Leningradi_Edasi_toimetus, lk 29
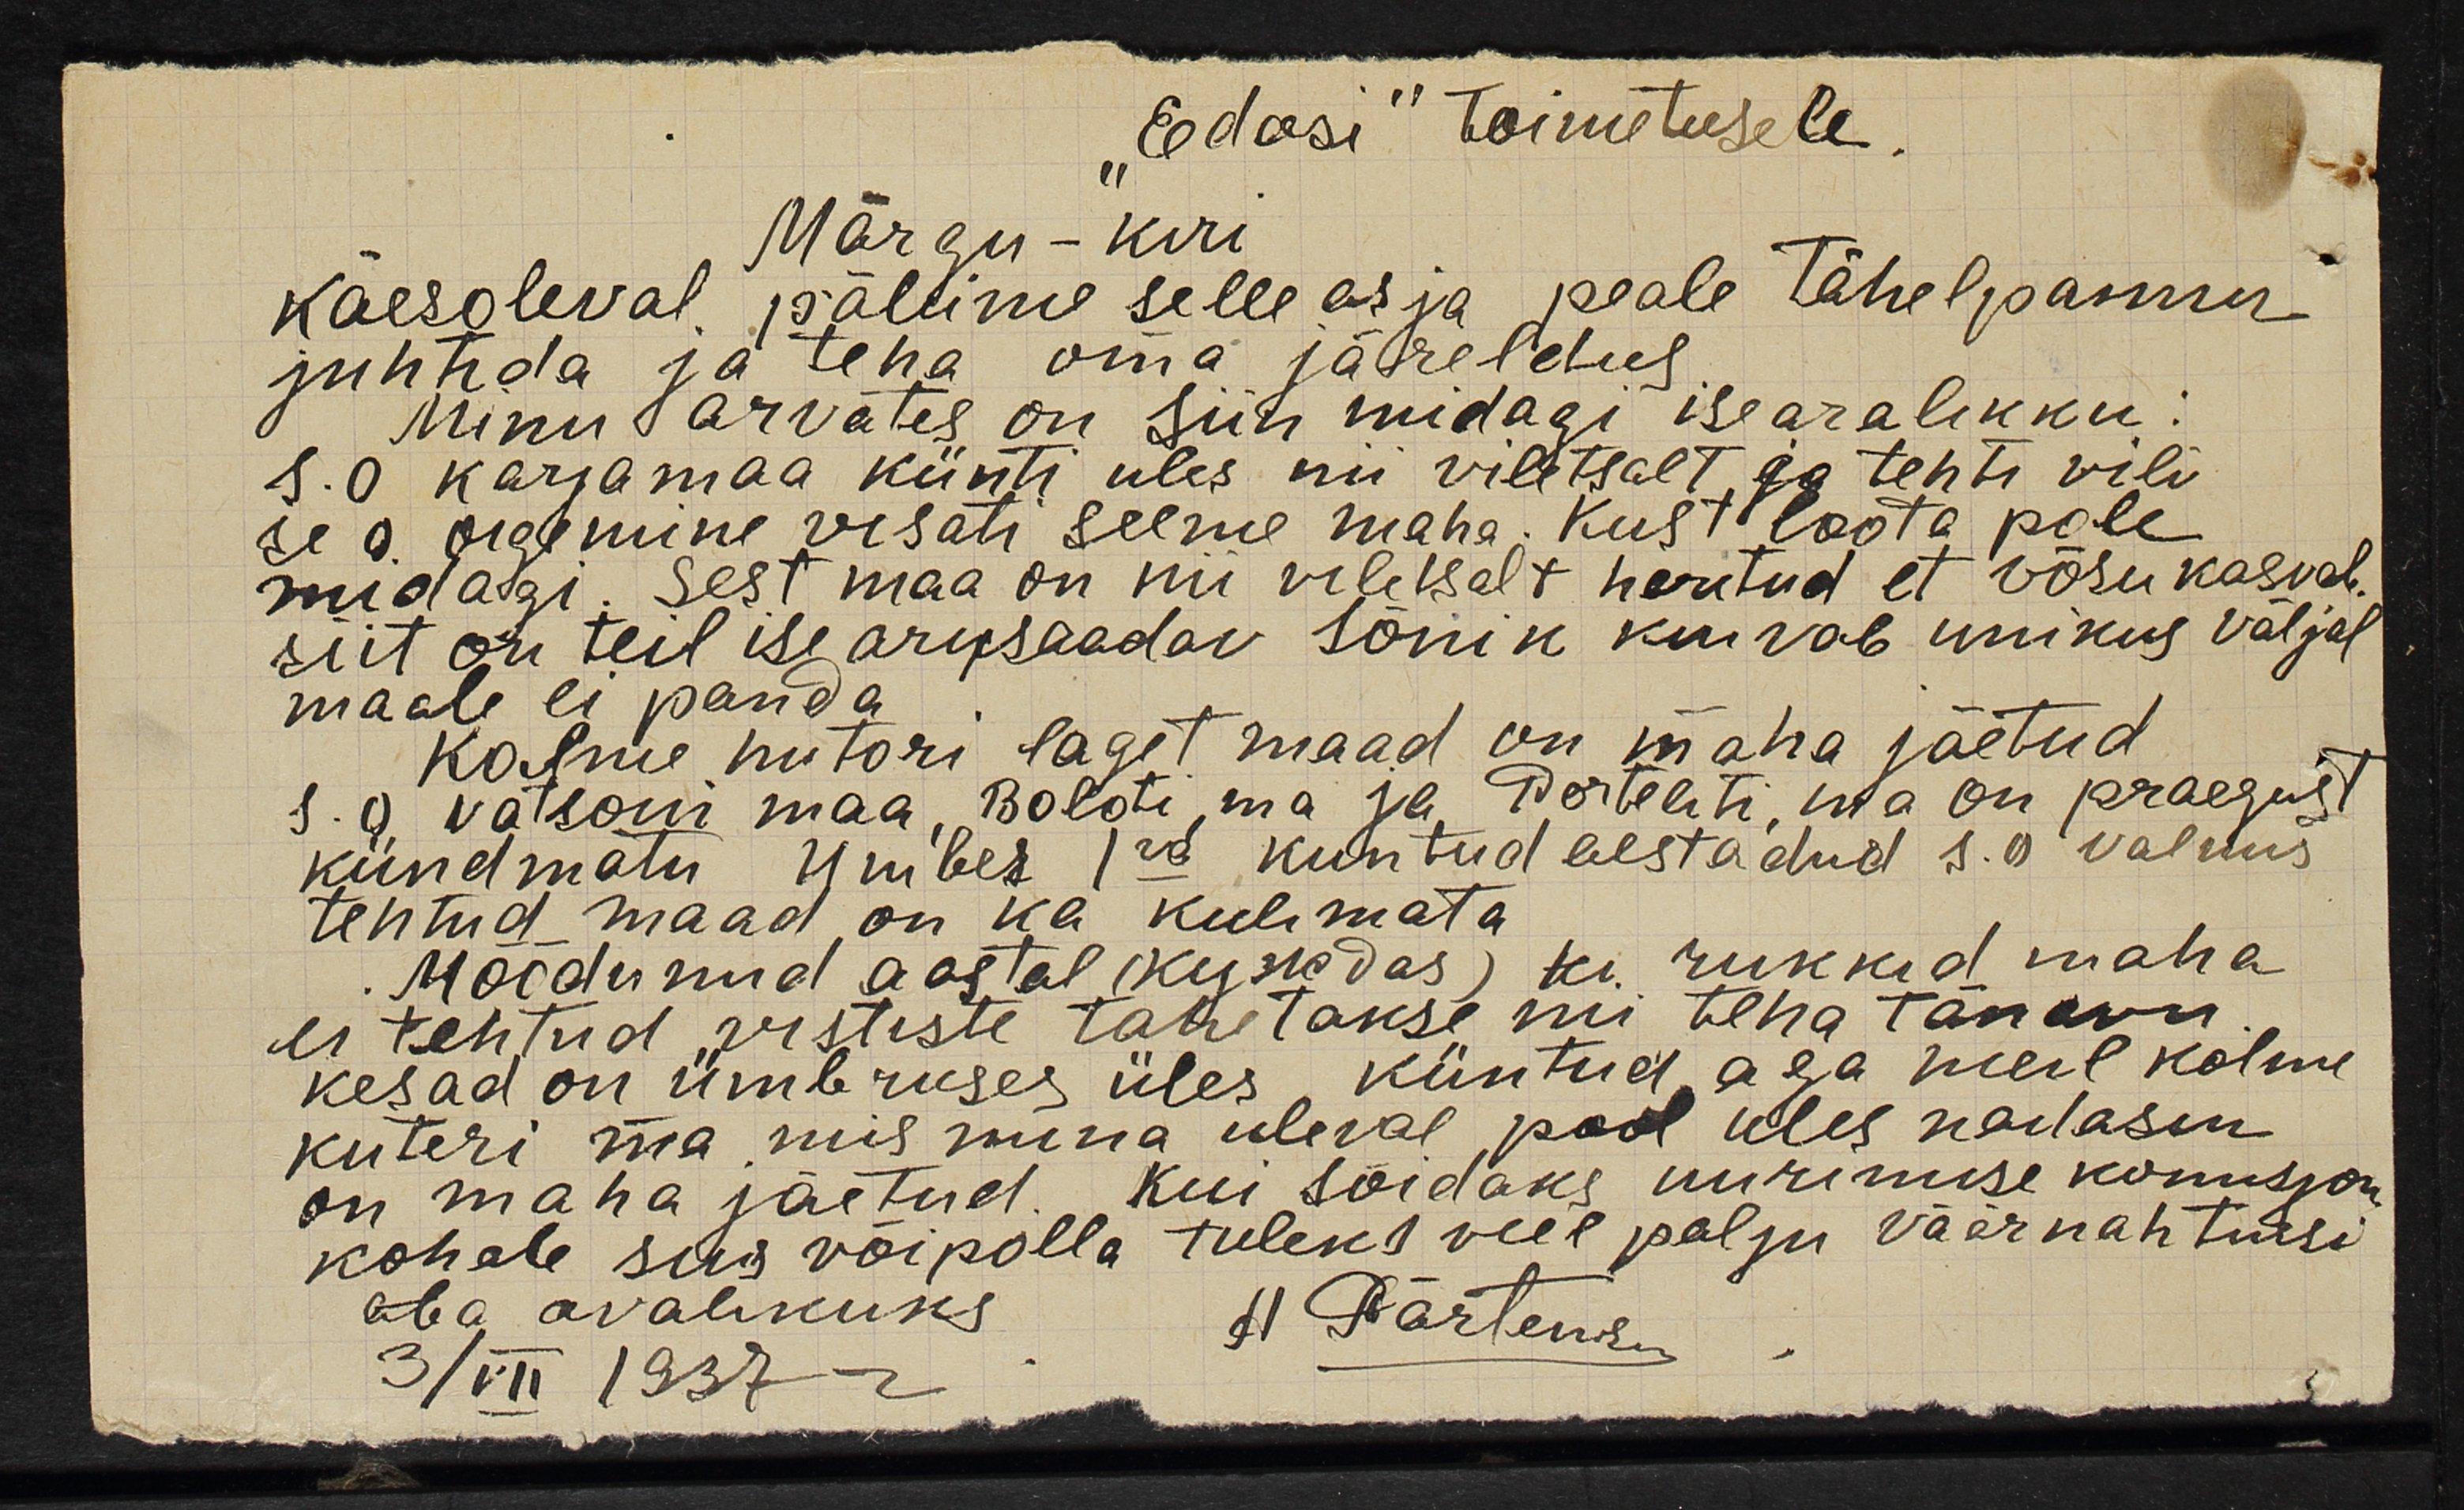
"Edasi" toimetusele,
Märgu - kiri
käesoleval, palume selle asja peale tähelpannu
juhtida ja teha oma järeldus
Minu arvates on siin midagi isearalikku.
s.o karjamaa künti üles nii viletsalt, ja tehti vili
se o. oigemine visati seeme maha. Kust loota pole
midagi. Sest maa on nii viletsalt haritud et võsu kasval
siit on teil ise arusaadav sõnik kuivab unikus väljal
maale ei panda.
Kolme hutori laget maad on maha jäetud,
s. o vatsoni maa, Boloti, ma ja Porteleti, ma on praegust
kündmata umber 1st kuntud aestadud s.o valmis
tehtud maad on ka kulimata
Möödunud aastal (kunadas) rukkid maha
ei tehtud vististe tahetakse nii teha tänavu
kesad on ümbruses üles küntud, aga meil kolme
kuteri ma mis mina üleval pool üles naitasin
on maha jäetud, kui sõidaks uurimise komisjon
kohale siis võipolla tuleks veel palju väärnahtusi
aba avalikuks
11 Pärtewi
3/VII 1937